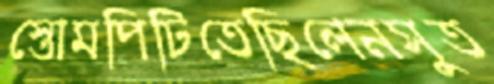
স্তোমপিটিতেছিলেনসুত